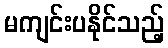
မကျင်းပနိုင်သည့်